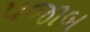
પજાબ